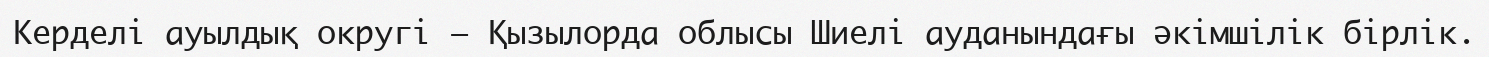
Керделі ауылдық округі – Қызылорда облысы Шиелі ауданындағы әкімшілік бірлік.